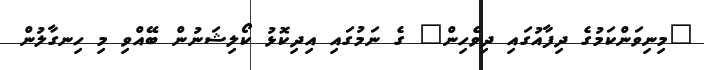
"މިނިވަންކަމުގެ ދިފާއުގައި ދިވެހިން" ގެ ނަމުގައި އިދިކޮޅު ކޯލިޝަނުން ބޭއްވި މި ހިނގާލުން